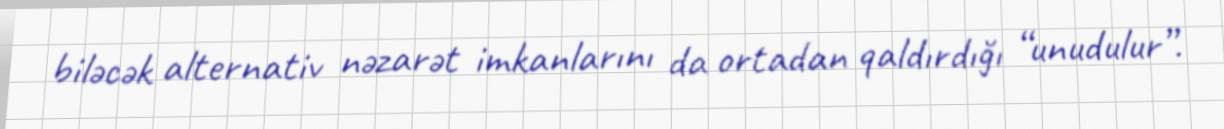
biləcək alternativ nəzarət imkanlarını da ortadan qaldırdığı “unudulur”.